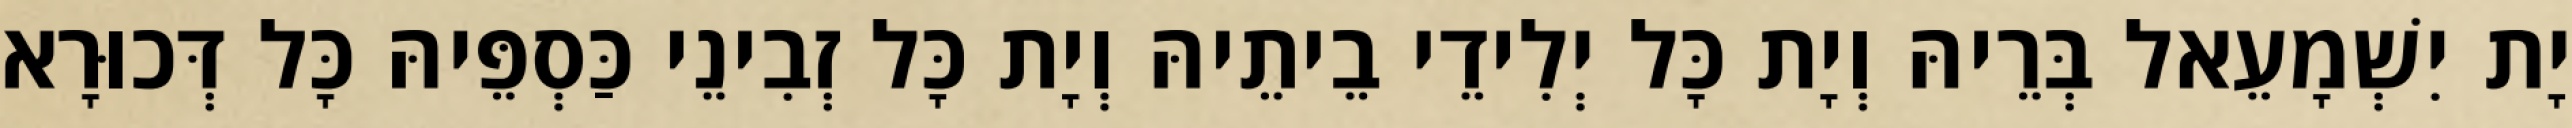
יָת יִשְׁמָעֵאל בְּרֵיהּ וְיָת כָּל יְלִידֵי בֵיתֵיהּ וְיָת כָּל זְבִינֵי כַּסְפֵּיהּ כָּל דְּכוּרָא